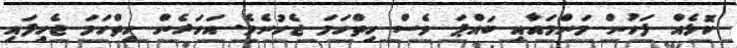
ކޮޅެއް ފަހުން މަންމައާއި ބައްޕަ ވެސް ހިތްހަމަ ޖެހުނެވެ. އަހަރެން ހިތްހަމަ ޖެހިފައި